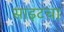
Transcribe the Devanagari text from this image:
साइटचा